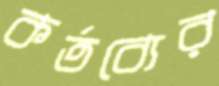
কর্তব্যের